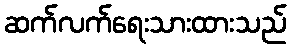
ဆက်လက်ရေးသားထားသည်